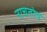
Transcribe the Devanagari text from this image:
नाचतोय